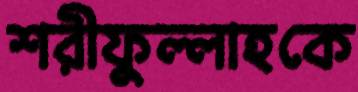
শরীফুল্লাহকে